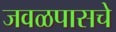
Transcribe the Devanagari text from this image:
जवळपासचे